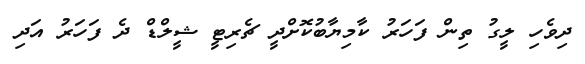
ދިވެހި ލީގު ތިން ފަހަރު ކާމިޔާބުކޮށްދީ ޗެރިޓީ ޝީލްޑް ދެ ފަހަރު އަދި